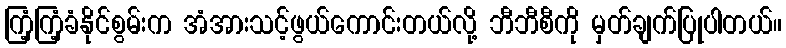
ကြံ့ကြံ့ခံနိုင်စွမ်းက အံအားသင့်ဖွယ်ကောင်းတယ်လို့ ဘီဘီစီကို မှတ်ချက်ပြုပါတယ်။